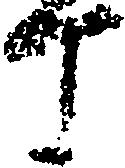
丁